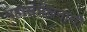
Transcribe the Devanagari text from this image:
महासंमेलनाची